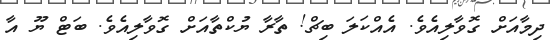
ދިމާއަށް ގޮވާލިއެވެ. އެއްކަލަ ބިޗް! ތާރާ ޔުކްތާއަށް ގޮވާލިއެވެ. ބަޓް ޔޫ އާ